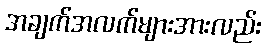
အချက်အလက်များအားလည်း